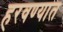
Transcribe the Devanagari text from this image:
हरवण्यात